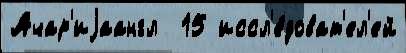
Ачар'иjаангл  15 иссл'е́доват'ел'ей